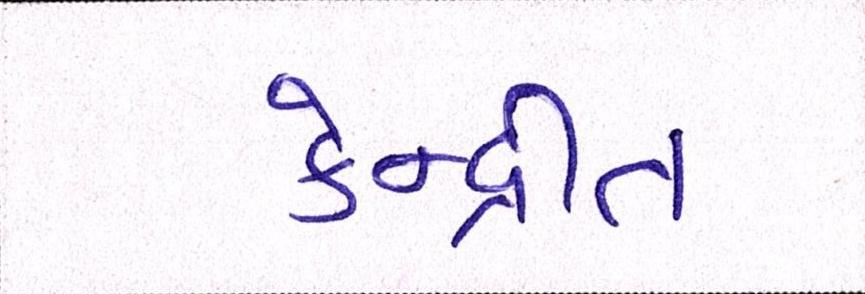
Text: કેન્દ્રીત